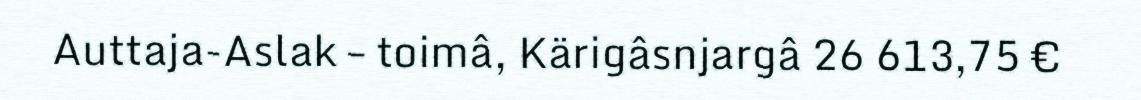
Auttaja-Aslak – toimâ, Kärigâsnjargâ 26 613,75 €